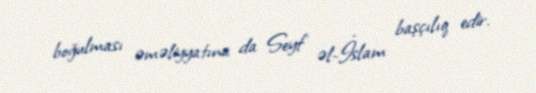
boğulması əməliyyatına da Seyf əl-İslam başçılıq edir.